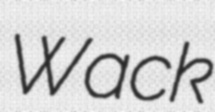
Wack